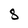
Character: S